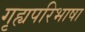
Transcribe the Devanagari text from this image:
गृह्यपरिभाषा